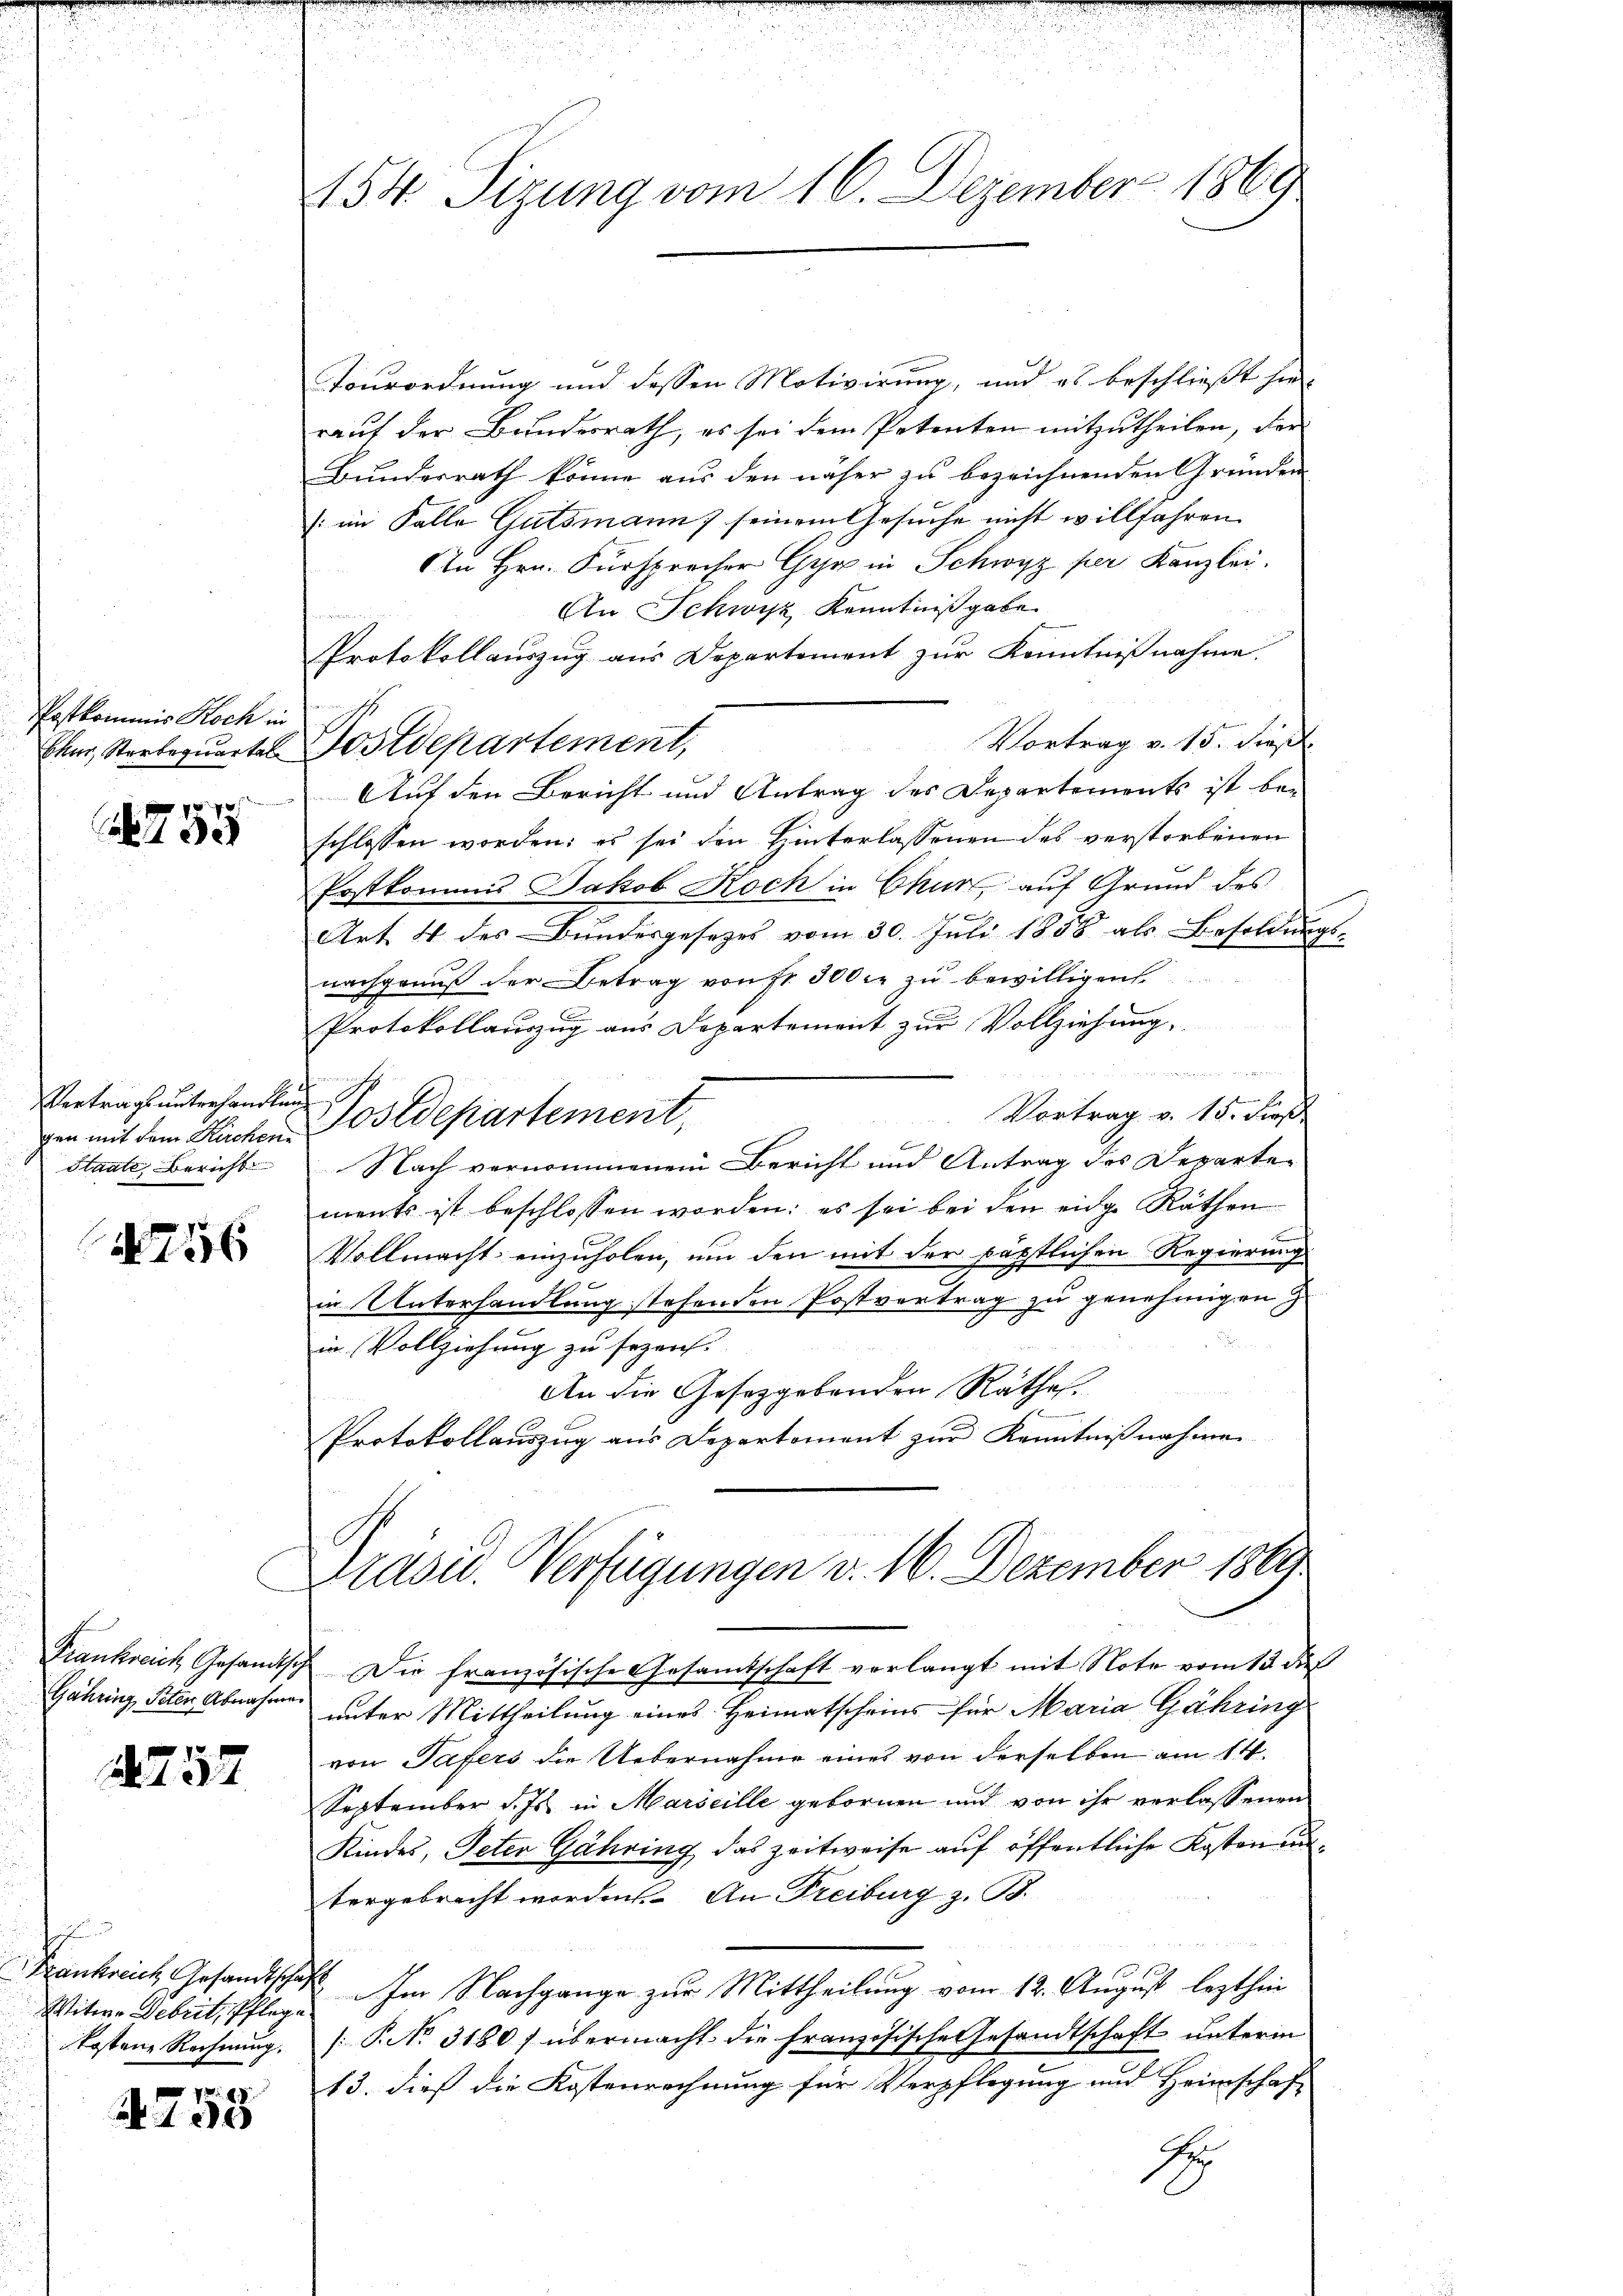
Postkommis Koch in

755

Vertrags unterhandlung

1256

Tourordnung und dessen Motivirung, und es beschließt hierauf der Bundesrath, es sei dem Petenten mitzutheilen, der
Bunderrath könne aus den näher zu bezeichnenden Gründen
(im Falle Gutsmann seinem Gesuche nicht willfahren.
An Hrn. Fürsprecher Gyr in Schwyz per Kanzlei.
An Schwyz Kenntnißgabe
e
Protokollauszug aus Departement zur Kenntnißnahme.
Vortrag v. 15. dieß
Eher, Sterbequartel Postdepartement,
Auf den Bericht und Antrag des Departements ist be-
schlossen worden: es sei den Hinterlassenen des verstorbenen
Postkommis Jakob Koch in Chur, auf Grund des
r
Art. 4 des Bŭndesgesetzes vom 30. Juli 1858 als Besoldŭngs-
nachgenuß der Betrag von Fr. 300 fr zu bewilligen
Protokollauszug aus Departement zur Vollziehung,
u
A
Vortrag v. 15. dieß
gen mit dem Kirchen Postdepartement.
Staate, Bericht Nach vernommenen Bericht und Antrag des Departe-
ments ist beschlossen worden; es sei bei den eidg. Räthen
Vollmacht einzuholen, um den mit der päpstlichen Regierung
in Unterhandlung stehenden Postvertrag zu genehmigen
.
in Vollziehung zu seyen. |
An die Gesetzgebenden Räthe.
Protokollauszug aus Departement zur Kenntnißnahmen
Prasid. Verfügungen v. 16. Dezember 1889
Frankreich Gesandtsch. Die französische Gesamtschaft verlangt mit Note vom 12. dies
Gahring, Peten Abnahme unter Mittheilung eines Heimatscheins für Maria Gähring
von Tafers die Uebernahme eines von derselben am 14.
September d. Js. in Marseille gebornen und von ihr verlassenen
Kindes, Peten Gähring das zeitweise auf öffentliche Kosten untergebracht worden. An Freiburg z. B.
1
Frankreich Gesandtschaft Im Nachgange zur Mittheilung vom 12. August lezthin
kostenz Rechnung. P. No. 31801 übermacht die französische Gesandtschaft unterm
13. dieß die Kostenrechnung für Verpflegung und Heimschaft
Für

2257

Witwe Debut, Pflege

753

154. Sizung vom 16. Dezember 1869